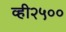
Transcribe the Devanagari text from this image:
व्ही२५००